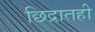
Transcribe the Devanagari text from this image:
छिद्रातही